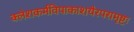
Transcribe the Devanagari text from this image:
क्लेशकर्मविपाकाशयैरपरामृष्टः